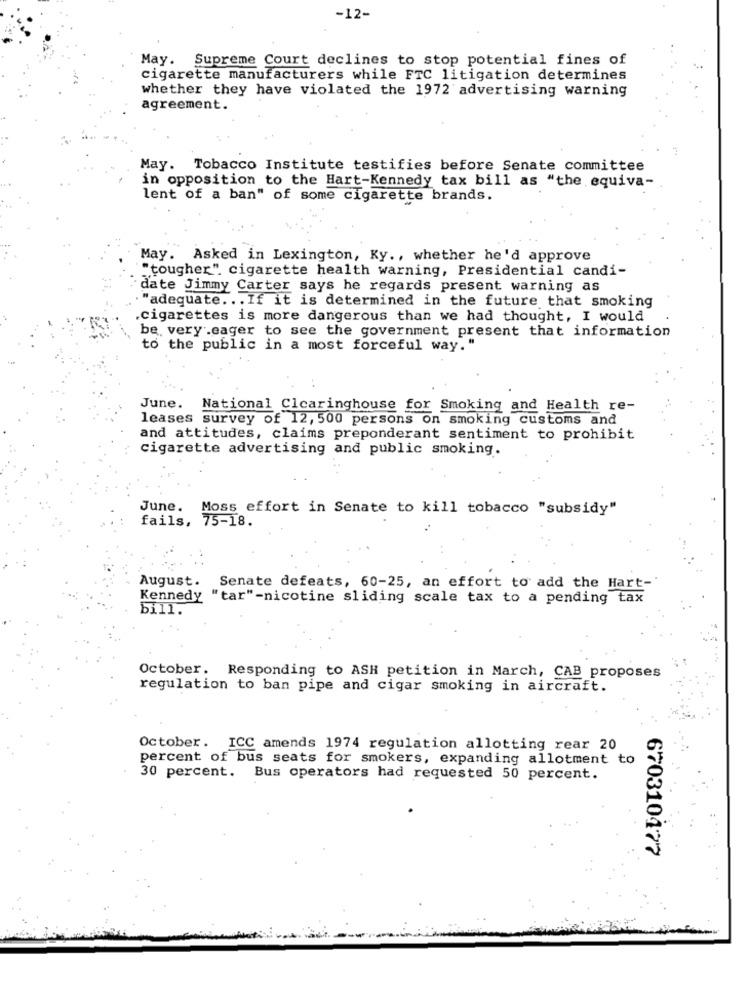
-12-
May. Supreme Court declines to stop potential fines of
cigarette manufacturers while FTC litigation determines
whether they have violated the 1972 advertising warning
agreement.
May. Tobacco Institute testifies before Senate committee
in opposition to the Hart-Kennedy tax bill as "the equiva-
lent of a ban" of some cigarette brands.
May. Asked in Lexington, Ky ., whether he'd approve
"tougher". cigarette health warning, Presidential candi-
date Jimmy Carter says he regards present warning as
"adequate ... If it is determined in the future that smoking
cigarettes is more dangerous than we had thought, I would
be very .eager to see the government present that information
to the public in a most forceful way."
June.
National Clearinghouse for Smoking and Health re-
leases survey of 12, 500 persons on smoking customs and
and attitudes, claims preponderant sentiment to prohibit
cigarette advertising and public smoking.
June.
Moss effort in Senate to kill tobacco "subsidy"
fails, 75-18.
August. Senate defeats, 60-25, an effort to add the Hart-'
Kennedy "tar"-nicotine sliding scale tax to a pending tax
bill.
October. Responding to ASH petition in March, CAB proposes
regulation to ban pipe and cigar smoking in aircraft.
October. ICC amends 1974 regulation allotting rear 20
percent of bus seats for smokers, expanding allotment to
30 percent.
Bus operators had requested 50 percent.
670310477